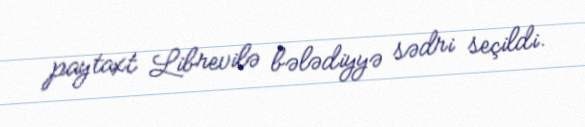
paytaxt Librevilə bələdiyyə sədri seçildi.